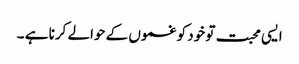
ایسی محبت تو خود کو غموں کے حوالے کرنا ہے ۔